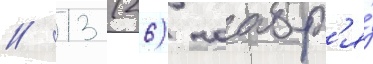
// 13 (26) ноабр'я́